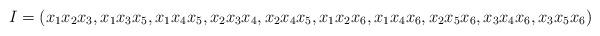
LaTeX: \begin{align*}I =( x_1x_2x_3, x_1x_3x_5, x_1x_4x_5, x_2x_3x_4, x_2x_4x_5, x_1x_2x_6, x_1x_4x_6, x_2x_5x_6, x_3x_4x_6, x_3x_5x_6 )\end{align*}